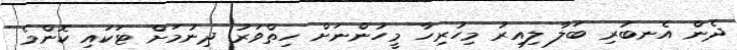
ދެން އެނބުރި ބަލާ ލިއިރު މިހުރިހާ މީހުންނަށް ހިތްވަރު ދިނުމަށް ޓަކައި ކޮންމެ